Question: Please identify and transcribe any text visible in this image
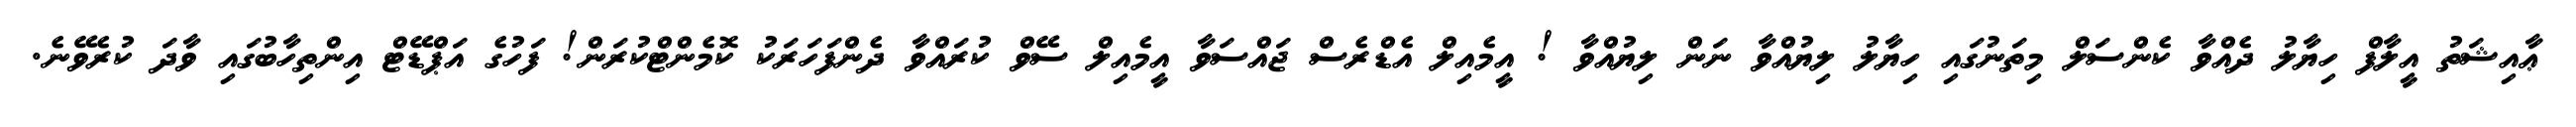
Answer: ޢާއިޝަތު އީލާފް ހިޔާލު ދެއްވާ ކެންސަލް މިތަނުގައި ހިޔާލު ލިޔުއްވާ ނަން ލިޔުއްވާ ! އީމެއިލް އެޑްރެސް ޖައްސަވާ އީމެއިލް ސޭވް ކުރައްވާ ދެންފަހަރަކު ކޮމެންޓްކުރަން! ފަހުގެ އަޕްޑޭޓް އިންތިހާބުގައި ވާދަ ކުރެވޭނެ.